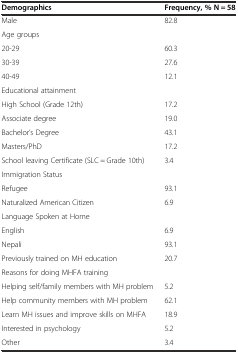
<table><thead><tr><td><b>Demographics</b></td><td><b>Frequency, % N = 58</b></td></tr></thead><tbody><tr><td>Male</td><td>82.8</td></tr><tr><td>Age groups</td><td></td></tr><tr><td>20-29</td><td>60.3</td></tr><tr><td>30-39</td><td>27.6</td></tr><tr><td>40-49</td><td>12.1</td></tr><tr><td>Educational attainment</td><td></td></tr><tr><td>High School (Grade 12th)</td><td>17.2</td></tr><tr><td>Associate degree</td><td>19.0</td></tr><tr><td>Bachelor’s Degree</td><td>43.1</td></tr><tr><td>Masters/PhD</td><td>17.2</td></tr><tr><td>School leaving Certificate (SLC = Grade 10th)</td><td>3.4</td></tr><tr><td>Immigration Status</td><td></td></tr><tr><td>Refugee</td><td>93.1</td></tr><tr><td>Naturalized American Citizen</td><td>6.9</td></tr><tr><td>Language Spoken at Home</td><td></td></tr><tr><td>English</td><td>6.9</td></tr><tr><td>Nepali</td><td>93.1</td></tr><tr><td>Previously trained on MH education</td><td>20.7</td></tr><tr><td>Reasons for doing MHFA training</td><td></td></tr><tr><td>Helping self/family members with MH problem</td><td>5.2</td></tr><tr><td>Help community members with MH problem</td><td>62.1</td></tr><tr><td>Learn MH issues and improve skills on MHFA</td><td>18.9</td></tr><tr><td>Interested in psychology</td><td>5.2</td></tr><tr><td>Other</td><td>3.4</td></tr></tbody></table>